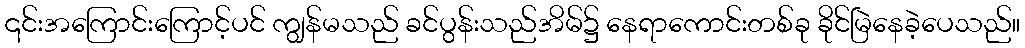
၎င်းအကြောင်းကြောင့်ပင် ကျွန်မသည် ခင်ပွန်းသည်အိမ်၌ နေရာကောင်းတစ်ခု ခိုင်မြဲနေခဲ့ပေသည်။